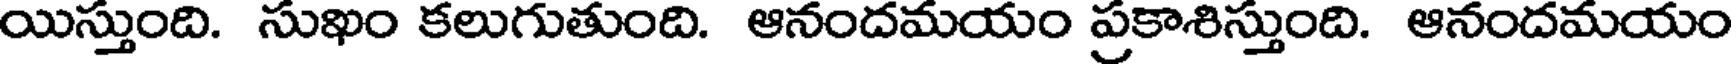
యిస్తుంది. సుఖం కలుగుతుంది. ఆనందమయం ప్రకాశిస్తుంది. ఆనందమయం